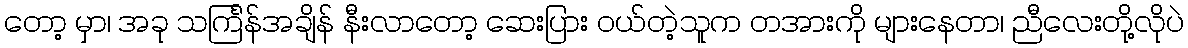
တော့ မှာ၊ အခု သင်္ကြန်အချိန် နီးလာတော့ ဆေးပြား ဝယ်တဲ့သူက တအားကို များနေတာ၊ ညီလေးတို့လိုပဲ